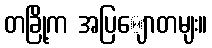
တခြို့က အပြျောတမျး။